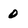
Character: 0